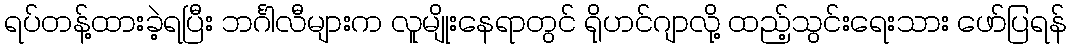
ရပ်တန့်ထားခဲ့ရပြီး ဘင်္ဂါလီများက လူမျိုးနေရာတွင် ရိုဟင်ဂျာလို့ ထည့်သွင်းရေးသား ဖော်ပြရန်